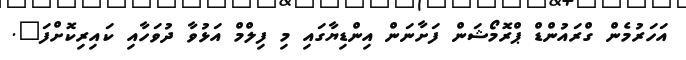
އަހަރުމެން ގްރައުންޑް ޕްރޮމޯޝަން ފަށާނަން އިންޑިޔާގައި މި ފިލްމްް އަޅުވާ ދުވަހާއި ކައިރިކޮށްފަ".